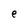
Character: e